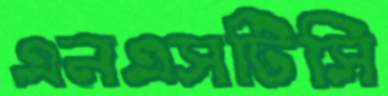
এনএসটিসি